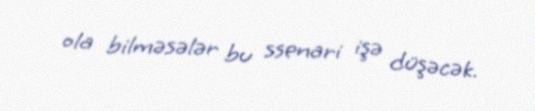
ola bilməsələr bu ssenari işə düşəcək.